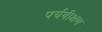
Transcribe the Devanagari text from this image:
पर्यवीक्षण